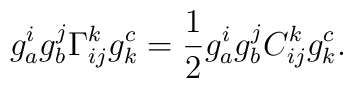
g_a^ig_b^j\Gamma^k_{ij}g^c_k=\frac{1}{2}g_a^ig_b^jC^k_{ij}g^c_k.